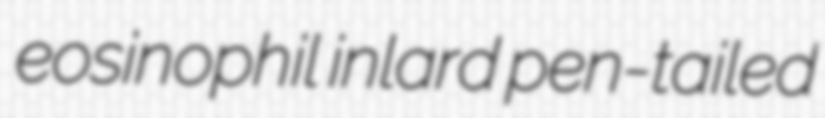
eosinophil inlard pen-tailed